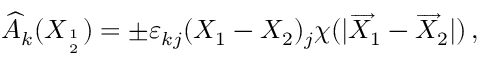
\widehat { A } _ { k } ( X _ { 1 \atop 2 } ) = \pm \varepsilon _ { k j } ( X _ { 1 } - X _ { 2 } ) _ { j } \chi ( | \overrightarrow { X } _ { 1 } - \overrightarrow { X } _ { 2 } | ) \, ,